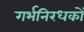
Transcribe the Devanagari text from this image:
गर्भनिरधकों